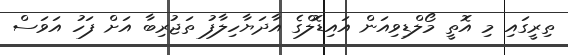
ތިރީގައި މި އޮތީ މޯލްޑިވިއަން އައިޑޮލްގެ އާދަޔާހިލާފު ތަޖުރިބާ އަށް ފަހު އަވަސް